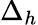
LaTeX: \Delta_{h}